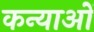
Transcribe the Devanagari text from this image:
कन्याओें